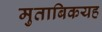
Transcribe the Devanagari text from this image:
मुताबिकयह